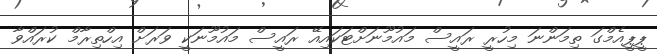
ޕީޕީއެމްގަ ތިމަންނަ މިހުރީ ރައީސް މައުމޫނަށްޓަކައިއޭ ރައީސް މައުމޫނަކީ ވަރަށް އިހްތިރާމް ކުރައްވާ